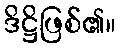
ဒိဋ္ဌိဖြစ်၏။